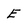
Character: E